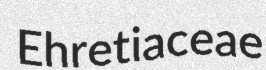
Ehretiaceae